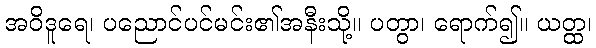
အဝိဒူရေ၊ ပညောင်ပင်မင်း၏အနီးသို့။ ပတွာ၊ ရောက်၍။ ယတ္ထ၊